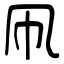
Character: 凧